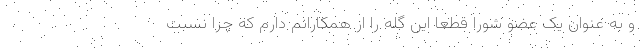
و به عنوان یک عضو شورا قطعا این گله را از همکارانم دارم که چرا نسبت